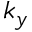
k _ { y }